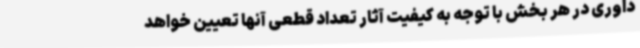
داوری در هر بخش با توجه به کیفیت آثار تعداد قطعی آنها تعیین خواهد